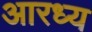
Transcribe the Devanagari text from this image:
आरध्य